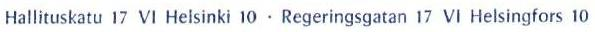
Hallituskatu 17 VI Helsinki 10 . Regeringsgatan 17 VI Helsingfors 10